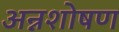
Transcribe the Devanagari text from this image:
अन्नशोषण